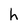
Character: h